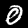
Digit: 0